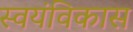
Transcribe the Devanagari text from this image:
स्वयंविकास